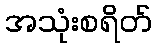
အသုံးစရိတ်